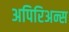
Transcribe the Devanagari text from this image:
अपिरिअन्स